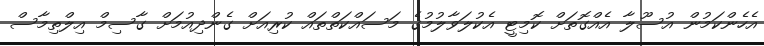
އެހެންކަމުން އުސޫލާ އެއްގޮތަށް ކޮމިޓީ އެކުލަވާލުމުގެ މަސައްކަތްތައް ކުރިއަށް ގެންދިއުމަށް ގާސިމް އިލްތިމާސް